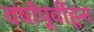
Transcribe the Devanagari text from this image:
वर्षांपूर्वीहून